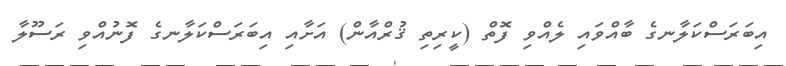
އިބަރަސްކަލާނގެ ބާއްވައި ލެއްވި ފޮތް (ކީރިތި ޤުރްއާން) އަށާއި އިބަރަސްކަލާނގެ ފޮނުއްވި ރަސޫލާ